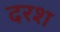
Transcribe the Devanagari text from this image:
दरश